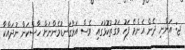
ޖ: އަންނި ދެން އެންމެ ފަހު ވަގުތުކޮޅުގައި ވެސް އަޅުގަނޑުމެންނަށް ހާސްކަން ނުދައްކާ